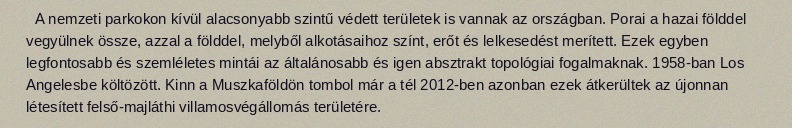
A nemzeti parkokon kívül alacsonyabb szintű védett területek is vannak az országban. Porai a hazai földdel vegyülnek össze, azzal a földdel, melyből alkotásaihoz színt, erőt és lelkesedést merített. Ezek egyben legfontosabb és szemléletes mintái az általánosabb és igen absztrakt topológiai fogalmaknak. 1958-ban Los Angelesbe költözött. Kinn a Muszkaföldön tombol már a tél 2012-ben azonban ezek átkerültek az újonnan létesített felső-majláthi villamosvégállomás területére.